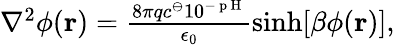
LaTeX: \begin{array}{r}{\nabla^{2}\phi({\mathbf r})=\frac{8\pi qc^{\ominus}10^{-\mathrm{~p~H~}}}{\epsilon_{0}}\sinh[\beta\phi({\mathbf r})],}\end{array}